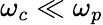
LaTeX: \omega_{c}\ll\omega_{p}